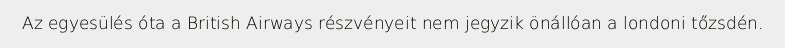
Az egyesülés óta a British Airways részvényeit nem jegyzik önállóan a londoni tőzsdén.